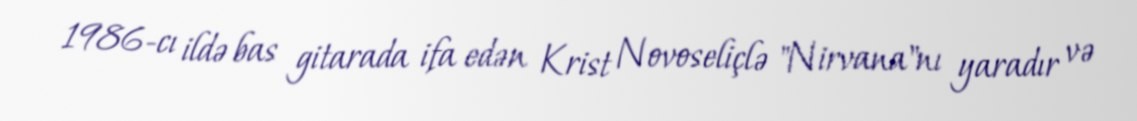
1986-cı ildə bas gitarada ifa edən Krist Novoseliçlə "Nirvana"nı yaradır və